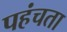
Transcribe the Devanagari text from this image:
पहंचता